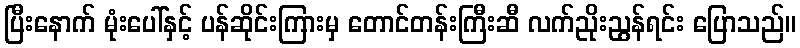
ပြီးနောက် မုံးပေါ်နှင့် ပန်ဆိုင်းကြားမှ တောင်တန်းကြီးဆီ လက်ညိုးညွန်ရင်း ပြောသည်။